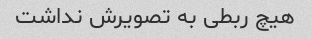
هیچ ربطی به تصویرش نداشت